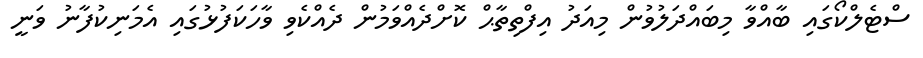
ސްޓެލްކޯގައި ބާއްވާ މިބައްދަލުވުން މިއަދު އިފްތިތާޙް ކޮށްދެއްވަމުން ދެއްކެވި ވާހަކަފުޅުގައި އެމަނިކުފާނު ވަނީ